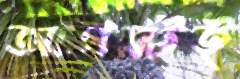
আগস্টই